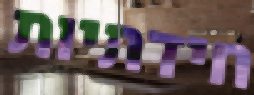
חידתיות